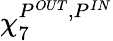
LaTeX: \chi_{7}^{P^{OUT},P^{IN}}